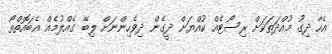
އެހާ ދިގު މުއްދަތަކަށް ރިސޯޓެއް ކުއްޔަށް ދީގެން ދިވެހިންނަށް ލިބޭ ގެއްލުމެއް އެބައޮތްތޯ